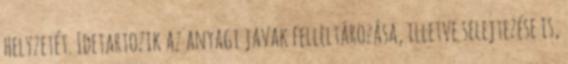
helyzetét. Idetartozik az anyagi javak felleltározása, illetve selejtezése is,